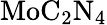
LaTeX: \mathrm{MoC_{2}N_{4}}